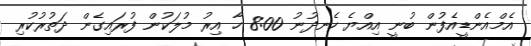
އެމްއެންޑީއެފުން ބުނީ އިއްޔެ ހެނދުނު 8:00 ހާ އިރު މުލަކުން ފުރައިގެން ދަތުރުކުރި